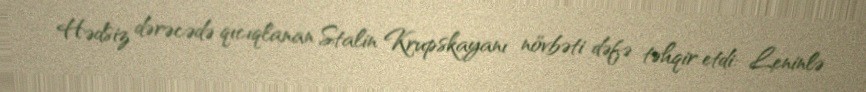
Hədsiz dərəcədə qıcıqlanan Stalin Krupskayanı növbəti dəfə təhqir etdi: Leninlə